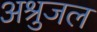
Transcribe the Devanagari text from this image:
अश्रुजल